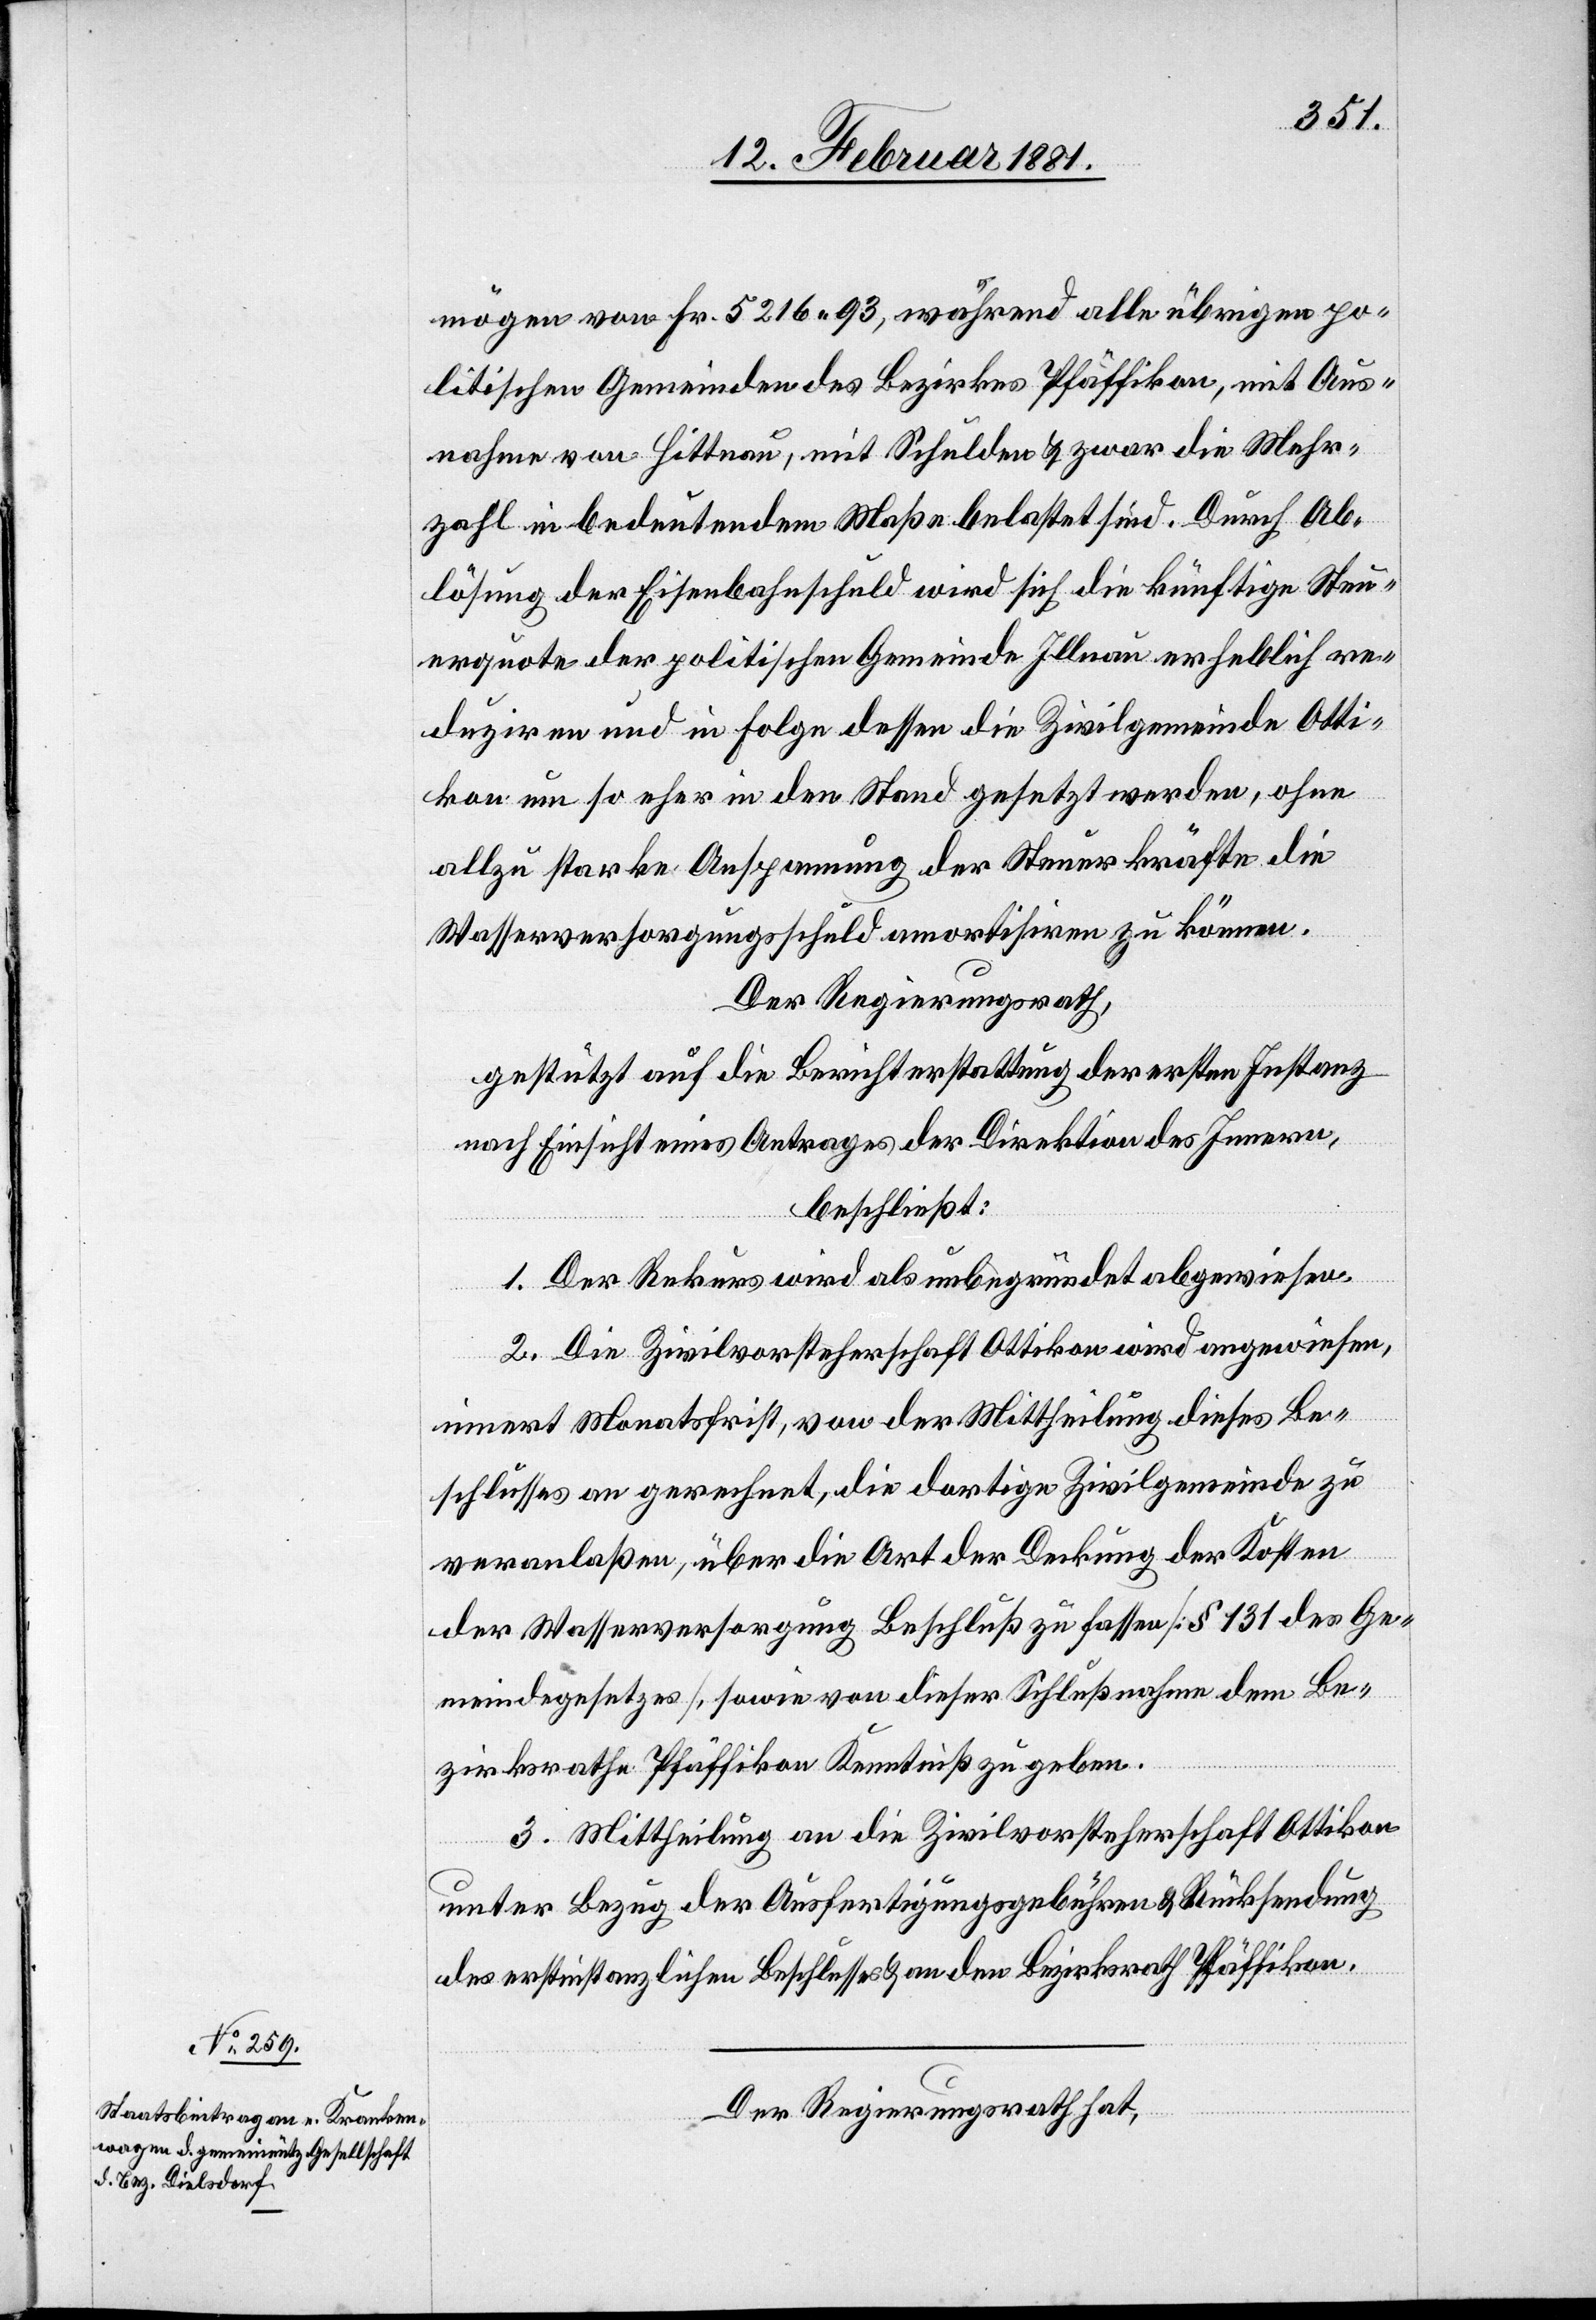
mögen von Fr. 5216 93, während alle übrigen po¬
litischen Gemeinden des Bezirkes Pfäffikon, mit Aus¬
nahme von Hittnau, mit Schulden & zwar die Mehr¬
zahl in bedeutendem Maße belastet sind. Durch Ab¬
lösung der Eisenbahnschuld wird sich die künftige Steu¬
erquote der politischen Gemeinde Illnau erheblich re¬
duziren und in Folge dessen die Zivilgemeinde Otti¬
kon um so eher in den Stand gesetzt werden, ohne
allzu starke Anspannung der Steuerkräfte die
Wasserversorgungsschuld amortisiren zu können.
Der Regierungsrath,
gestützt auf die Berichterstattung der ersten Instanz
nach Einsicht eines Antrages der Direktion des Innern,
beschließt:
1. Der Rekurs wird als unbegründet abgewiesen.
2. Die Zivilvorsteherschaft Ottikon wird angewiesen,
innert Monatsfrist, von der Mittheilung dieses Be¬
schlusses an gerechnet, die dortige Zivilgemeinde zu
veranlaßen, über die Art der Deckung der Kosten
der Wasserversorgung Beschluß zu fassen [§ 131 des Ge¬
meindegesetzes], sowie von dieser Schlußnahme dem Be¬
zirksrathes Pfäffikon Kenntniß zu geben.
3. Mittheilung an die Zivilvorsteherschaft Ottikon
unter Bezug der Ausfertigungsgebühren & Rücksendung
des erstinstanzlichen Beschlusses & an den Bezirksrath Pfäffikon.